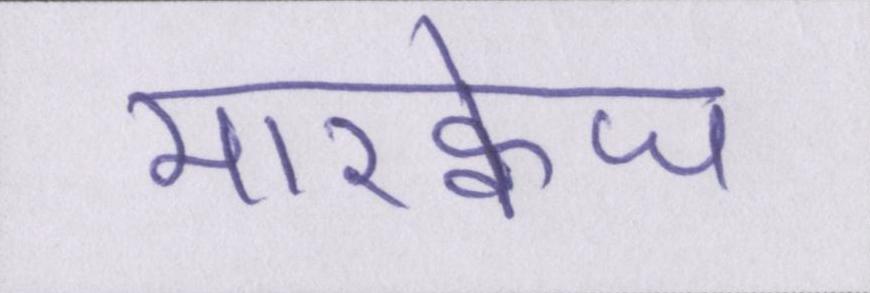
मारक्वेज